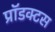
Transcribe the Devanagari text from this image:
प्रॉडक्टस